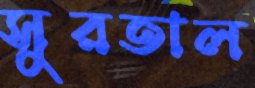
সুরতাল